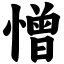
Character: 憎